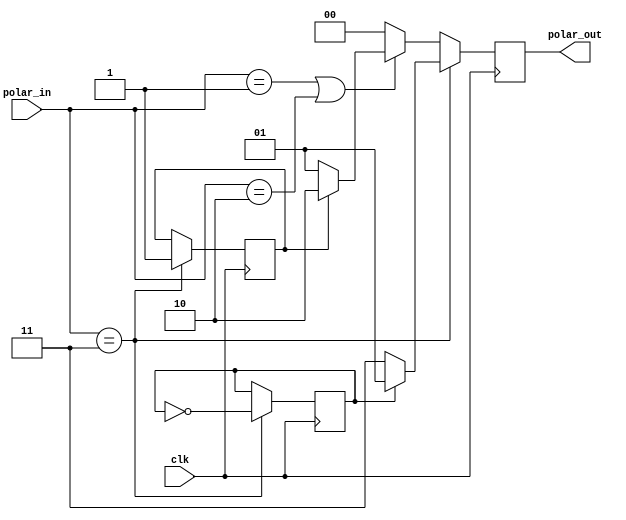
module hdb3_d2t(
  input clk,
  input [1:0]polar_in,
  output reg [1:0]polar_out
);

parameter HDB3_P = 2'B10; //+1
parameter HDB3_N = 2'B01; //1
parameter HDB3_Z = 2'B00; //0

parameter HDB3_0 = 2'B00; 
parameter HDB3_1 = 2'B01; 
parameter HDB3_V = 2'B11; 
parameter HDB3_B = 2'B10; 
reg first_v =0;
reg v_polar=1;
reg b_polar=1;
always @(posedge clk) begin
  if(polar_in==2'b11) begin//if the polar code is V
	 if(first_v == 0) begin
	     v_polar <= b_polar;
	 end
    polar_out<=v_polar ? 2'b01 : 2'b11;
    v_polar<=~v_polar;
	 first_v <= 1;
  end
  else if(polar_in==2'b01 || polar_in==2'b10) begin
    polar_out<=first_v ? 2'b10 : 2'b01;
    b_polar<=~b_polar;
  end
  else begin//if the polar code if 0
    polar_out<=2'b00;
  end 
end

endmodule // polar